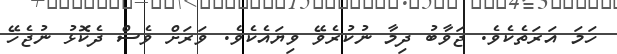
ހަމަ އަރަތެކެވެ. ޖަވާބު ދިމާ ނުކުރެވޭ ވިޔައެކެވެ. ވަރަށް ވެސް ދެކޮޅު ނުޖެހޭ